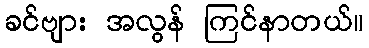
ခင်ဗျား အလွန် ကြင်နာတယ်။